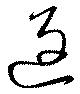
返